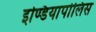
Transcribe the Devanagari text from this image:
इण्डियापोलिस